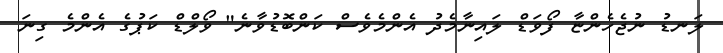
ލަނޑު ނުޖެހެންޏާ ފޯވަޑް ލައިނާމެދު އެންމެވެސް ކަންބޮޑުވާނެ" ވޯލްޑް ކަޕުގެ އެންމެ ގިނަ